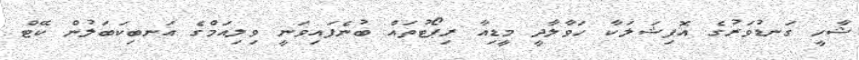
ޝާހީ ގަނޑުވަރުގެ އޮފިޝަލަކާ ހަވާލާދީ މީޑިއާ ރިޕޯޓުތައް ބުނެފައިވަނީ ވިލިއަމްގެ އަނބިކަބަލުން ކޭޓް